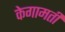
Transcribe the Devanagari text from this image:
केगामती